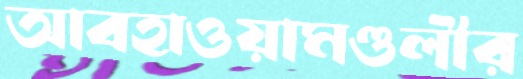
আবহাওয়ামণ্ডলীর